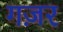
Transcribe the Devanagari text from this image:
गज़र